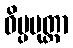
ဝိပ္ပမုတ္တာ